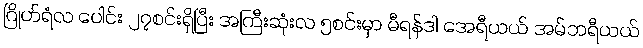
ဂြိုဟ်ရံလ ပေါင်း ၂၇စင်းရှိပြီး အကြီးဆုံးလ ၅စင်းမှာ မီရန်ဒါ အေရီယယ် အမ်ဘရီယယ်